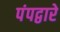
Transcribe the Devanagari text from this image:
पंपद्वारे